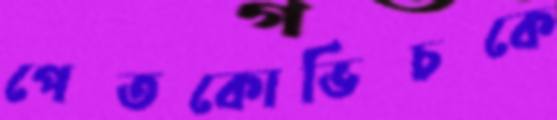
পেতকোভিচকে